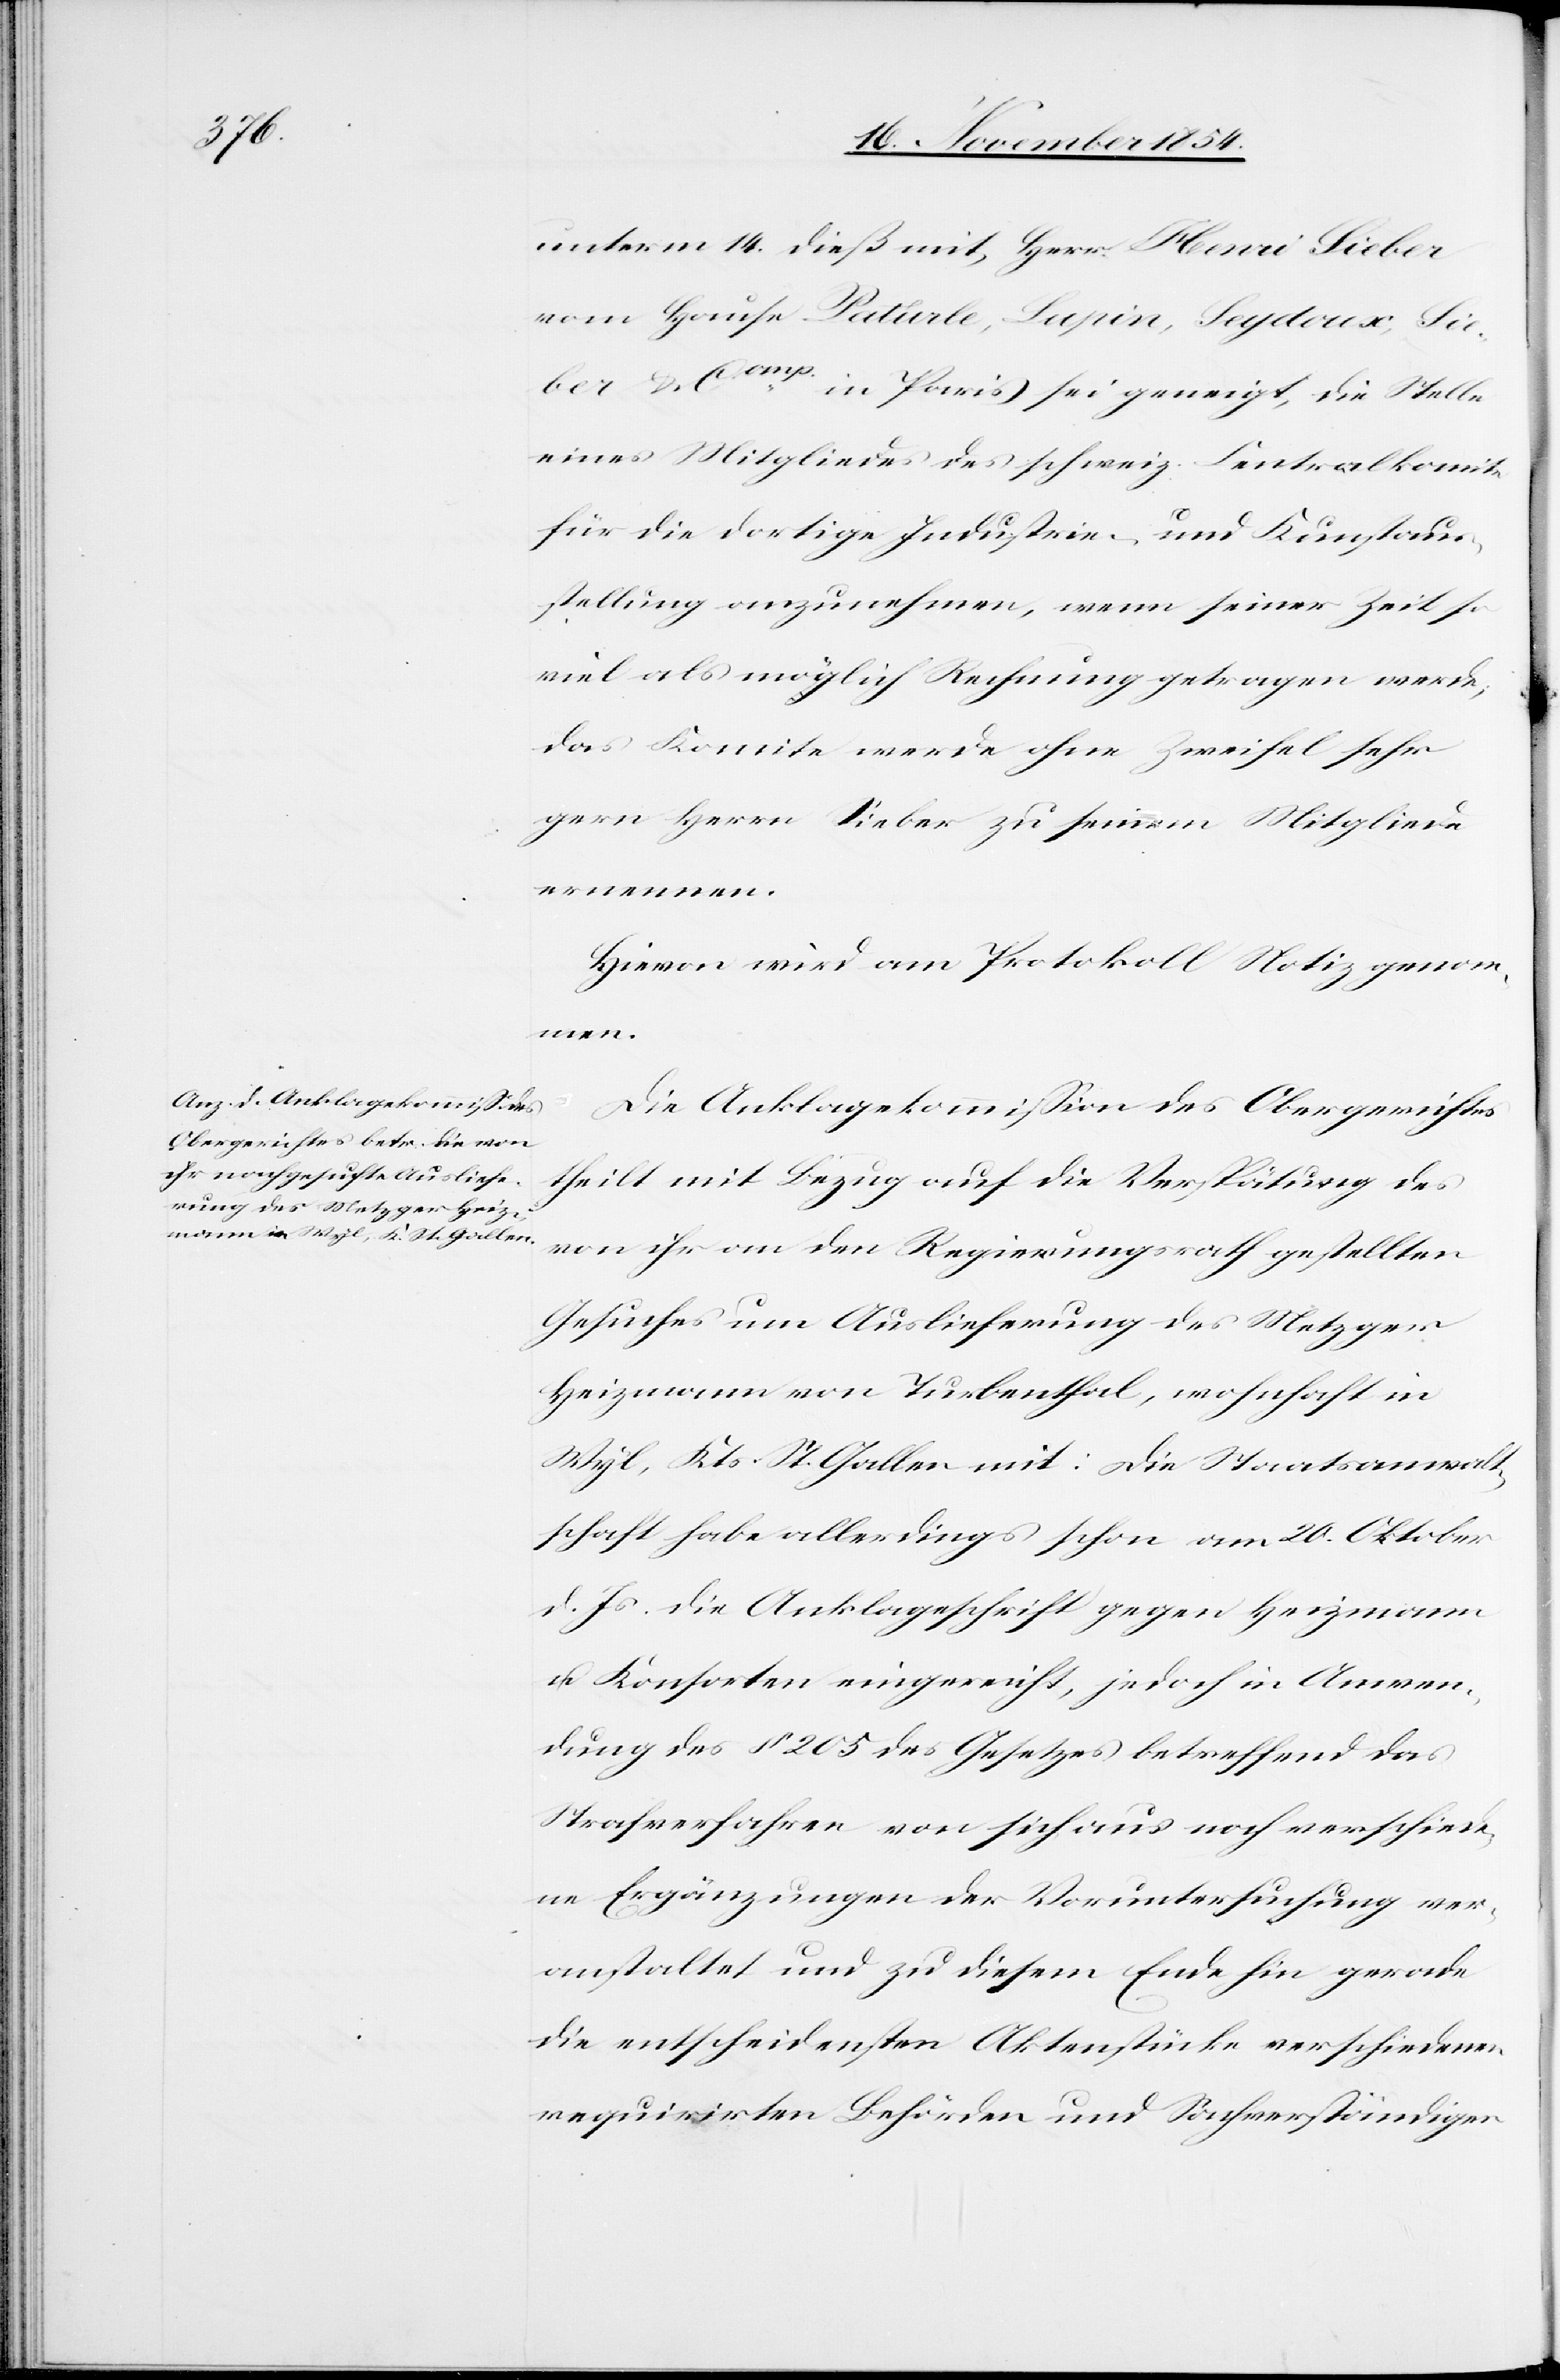
unterm 14. dieß mit, Herr Henri Sieber
vom Hause Paturle, Lupin, Seydoux, Sie¬
ber & Comp in Paris sei geneigt, die Stelle
eines Mitgliedes des schweiz. Centralkomite
für die dortige Industrie- und Kunstaus¬
stellung anzunehmen, wenn seiner Zeit so
viel als möglich Rechnung getragen werde;
das Komitee werde ohne Zweifel sehr
gern Herr Sieber zu seinem Mitgliede
ernennen.
Hievon wird am Protokoll Notiz genom¬
men.
Die Anklagekommißion des Obergerichtes
theilt mit Bezug auf die Verspätung des
von ihr an den Regierungsrath gestellten
Gesuches um Auslieferung des Metzger
Heizmann von Turbenthal, wohnhaft in
Wyl, Kts. St. Gallen mit: Die Staatsanwalt¬
schaft habe allerdings schon am 20. Oktober
d. Js. die Anklageschrift gegen Heizmann
u. Konsorten eingereicht, jedoch in Anwen¬
dung des § 205 des Gesetzes betreffend das
Strafverfahren von sich aus noch verschiede¬
ne Ergänzungen der Voruntersuchung ver¬
anstaltet und zu diesem Ende hin gerade
die entscheidensten Aktenstücke verschiedenen
requirirten Behörden und Sachverständigen